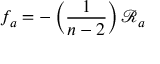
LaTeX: f _ { a } = - \left( \frac { 1 } { n - 2 } \right) \mathcal { R } _ { a }